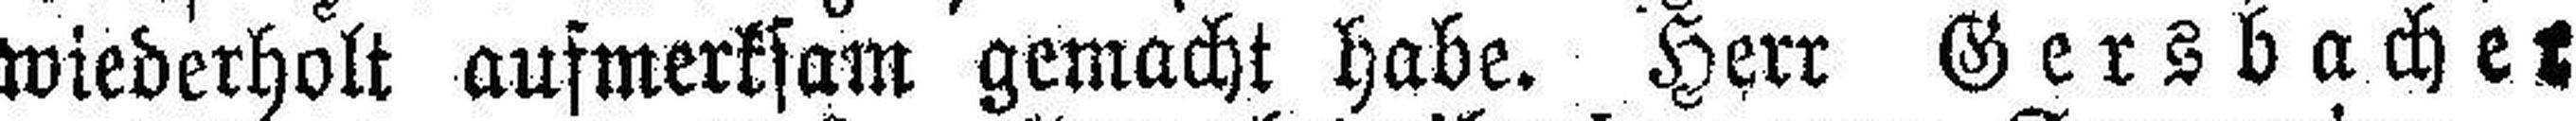
wiederholt aufmerksam gemacht habe. Herr Gersbacher